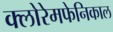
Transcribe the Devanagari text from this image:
क्लोरेमफेनिकाल